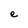
Character: e